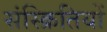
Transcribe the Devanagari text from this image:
संस्क्रितियों